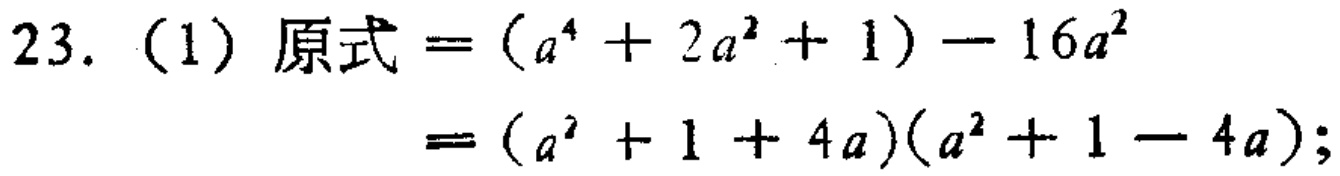
23.（1）原式\(=(a^{4}+2a^{2}+1)-16a^{2}\)

\(=(a^{2}+1 + 4a)(a^{2}+1 - 4a)\);